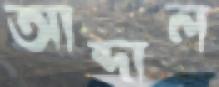
আব্দাল